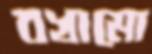
বখামো